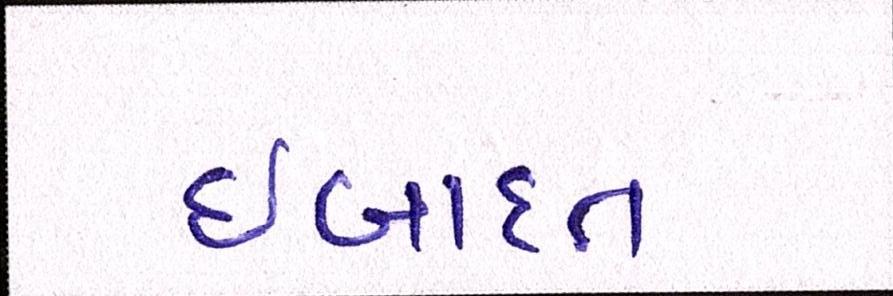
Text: ઈબાદત